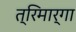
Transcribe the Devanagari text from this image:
त्रिमार्गा